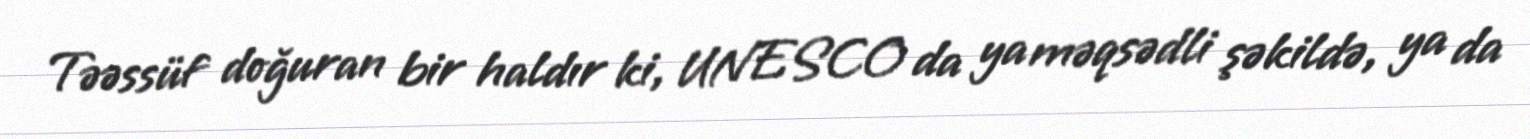
Təəssüf doğuran bir haldır ki, UNESCO da ya məqsədli şəkildə, ya da